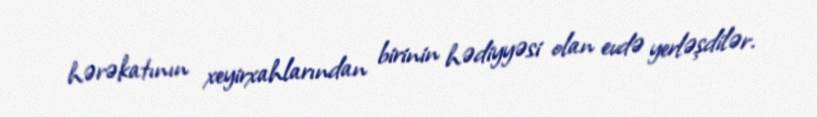
hərəkatının xeyirxahlarından birinin hədiyyəsi olan evdə yerləşdilər.